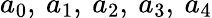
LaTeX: a_{0},\: a_{1},\: a_{2},\: a_{3},\: a_{4}